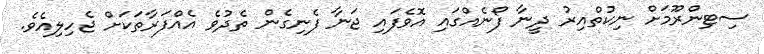
ސިޓިންރޫމަށް ނިކުތްއިރު ދީނާ ފޯނެއްގައި އޮވެފައި ޖަނާ ފެނިގެން ތެދުވެ އެއްފަރާތަކަށް ޖެހިލިއެވެ.